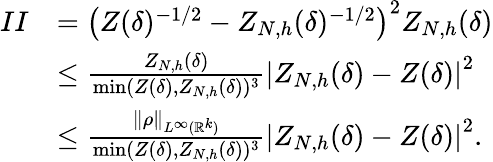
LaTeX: \begin{array}{rl}{II}&{=\left(Z(\delta)^{-1/2}-Z_{N,h}(\delta)^{-1/2}\right)^{2}Z_{N,h}(\delta)}\\ &{\le\frac{Z_{N,h}(\delta)}{\operatorname*{min}(Z(\delta),Z_{N,h}(\delta))^{3}}\left|Z_{N,h}(\delta)-Z(\delta)\right|^{2}}\\ &{\le\frac{\| \rho\| _{L^{\infty}(\mathbb{R}^{k})}}{\operatorname*{min}(Z(\delta),Z_{N,h}(\delta))^{3}}\left|Z_{N,h}(\delta)-Z(\delta)\right|^{2}.}\end{array}